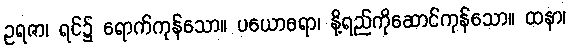
ဥရဇာ၊ ရင်၌ ရောက်ကုန်သော။ ပယောဓရာ၊ နို့ရည်ကိုဆောင်ကုန်သော။ ထနာ၊